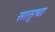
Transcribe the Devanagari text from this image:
सासुचा